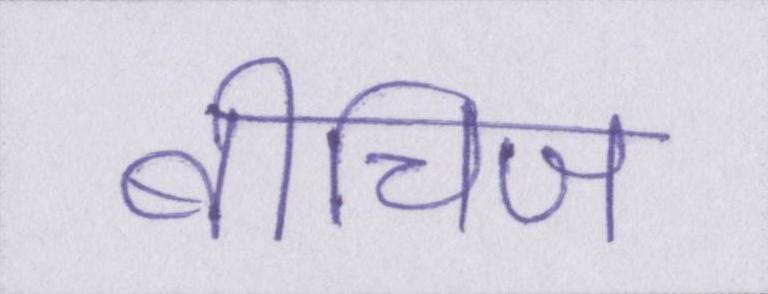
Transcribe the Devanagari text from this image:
बीचिज